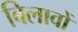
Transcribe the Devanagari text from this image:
बिलावों